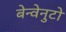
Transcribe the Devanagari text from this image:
बेन्वेनुटो